画像に写った文字を読んでください
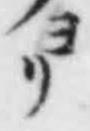
「ヨリ」と書いてあります